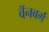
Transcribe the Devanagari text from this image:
वॅनबर्ग